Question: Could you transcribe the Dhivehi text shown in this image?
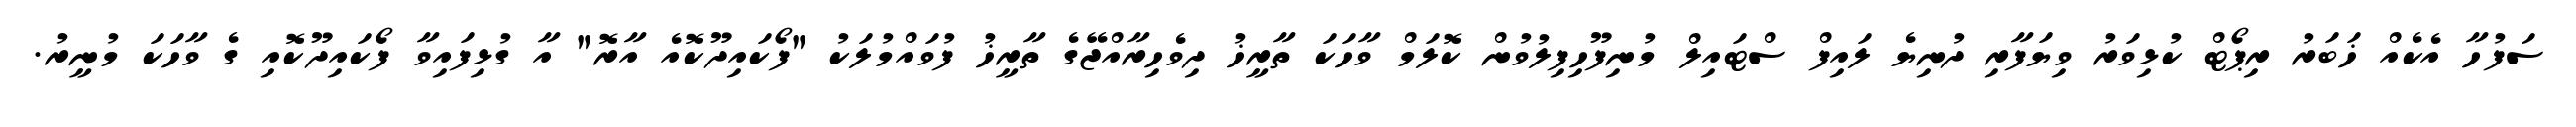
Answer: ސަފުހާ އެކެއް ޚަބަރު ރިޕޯޓް ކުޅިވަރު ވިޔަފާރި ދުނިޔެ ލައިފް ސްޓައިލް މުނިފޫހިފިލުވުން ކޮލަމް ވާހަކަ ތާރީޚު ދިވެހިރާއްޖޭގެ ތާރީޚު ފުވައްމުލަކު "ފޯކައިދޫކޮއެ އާރޮ" އާ ގުޅިފައިވާ ފޯކައިދޫކޮއި ގެ ވާހަކަ މުނީރު.